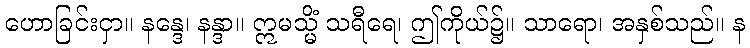
ဟောခြင်းငှာ။ နန္ဒေ၊ နန္ဒာ။ ဣမသ္မိံ သရီရေ၊ ဤကိုယ်၌။ သာရော၊ အနှစ်သည်။ န